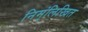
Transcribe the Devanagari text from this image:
निम्ंलिखित